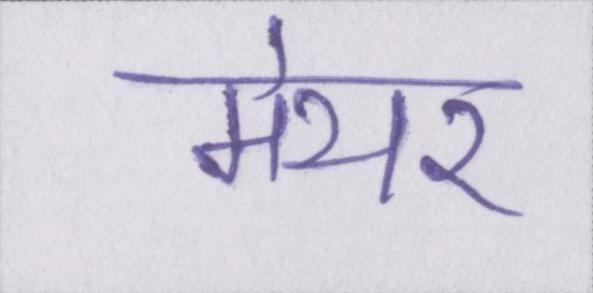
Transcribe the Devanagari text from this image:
मेयर